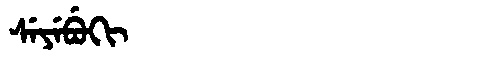
Manchu: ᠰᡝᠶᡝᠪᡠᡴᡳ
Romanization: SEYEBUKI